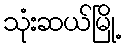
သုံးဆယ်မြို့